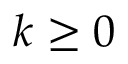
k \geq 0